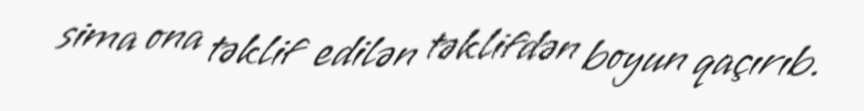
sima ona təklif edilən təklifdən boyun qaçırıb.